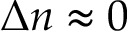
\Delta n \approx 0